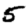
Digit: 5